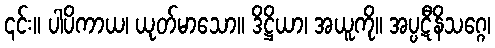
၎င်း။ ပါပိကာယ၊ ယုတ်မာသော။ ဒိဋ္ဌိယာ၊ အယူကို။ အပ္ပဋီနိသဂ္ဂေ၊